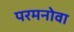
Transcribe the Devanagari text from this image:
परमनोवा